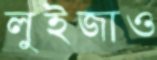
লুইজাও